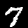
Digit: 7